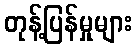
တုန့်ပြန်မှုများ